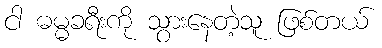
ငါ ဓမ္မခရီးကို သွားနေတဲ့သူ ဖြစ်တယ်